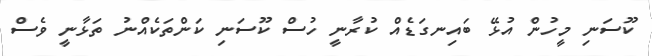
ކޫސަނި މީހުން އުޅޭ ބައިނގަޑެއް ކުރާނީ ހުސް ކޫސަނި ކަންތަކެއްނު ތަޅާނީ ވެސް